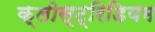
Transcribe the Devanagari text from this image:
क्लोस्ट्रिडियम